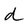
Character: d